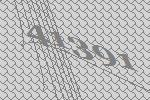
41391